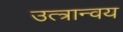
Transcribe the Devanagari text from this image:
उत्त्रान्वय